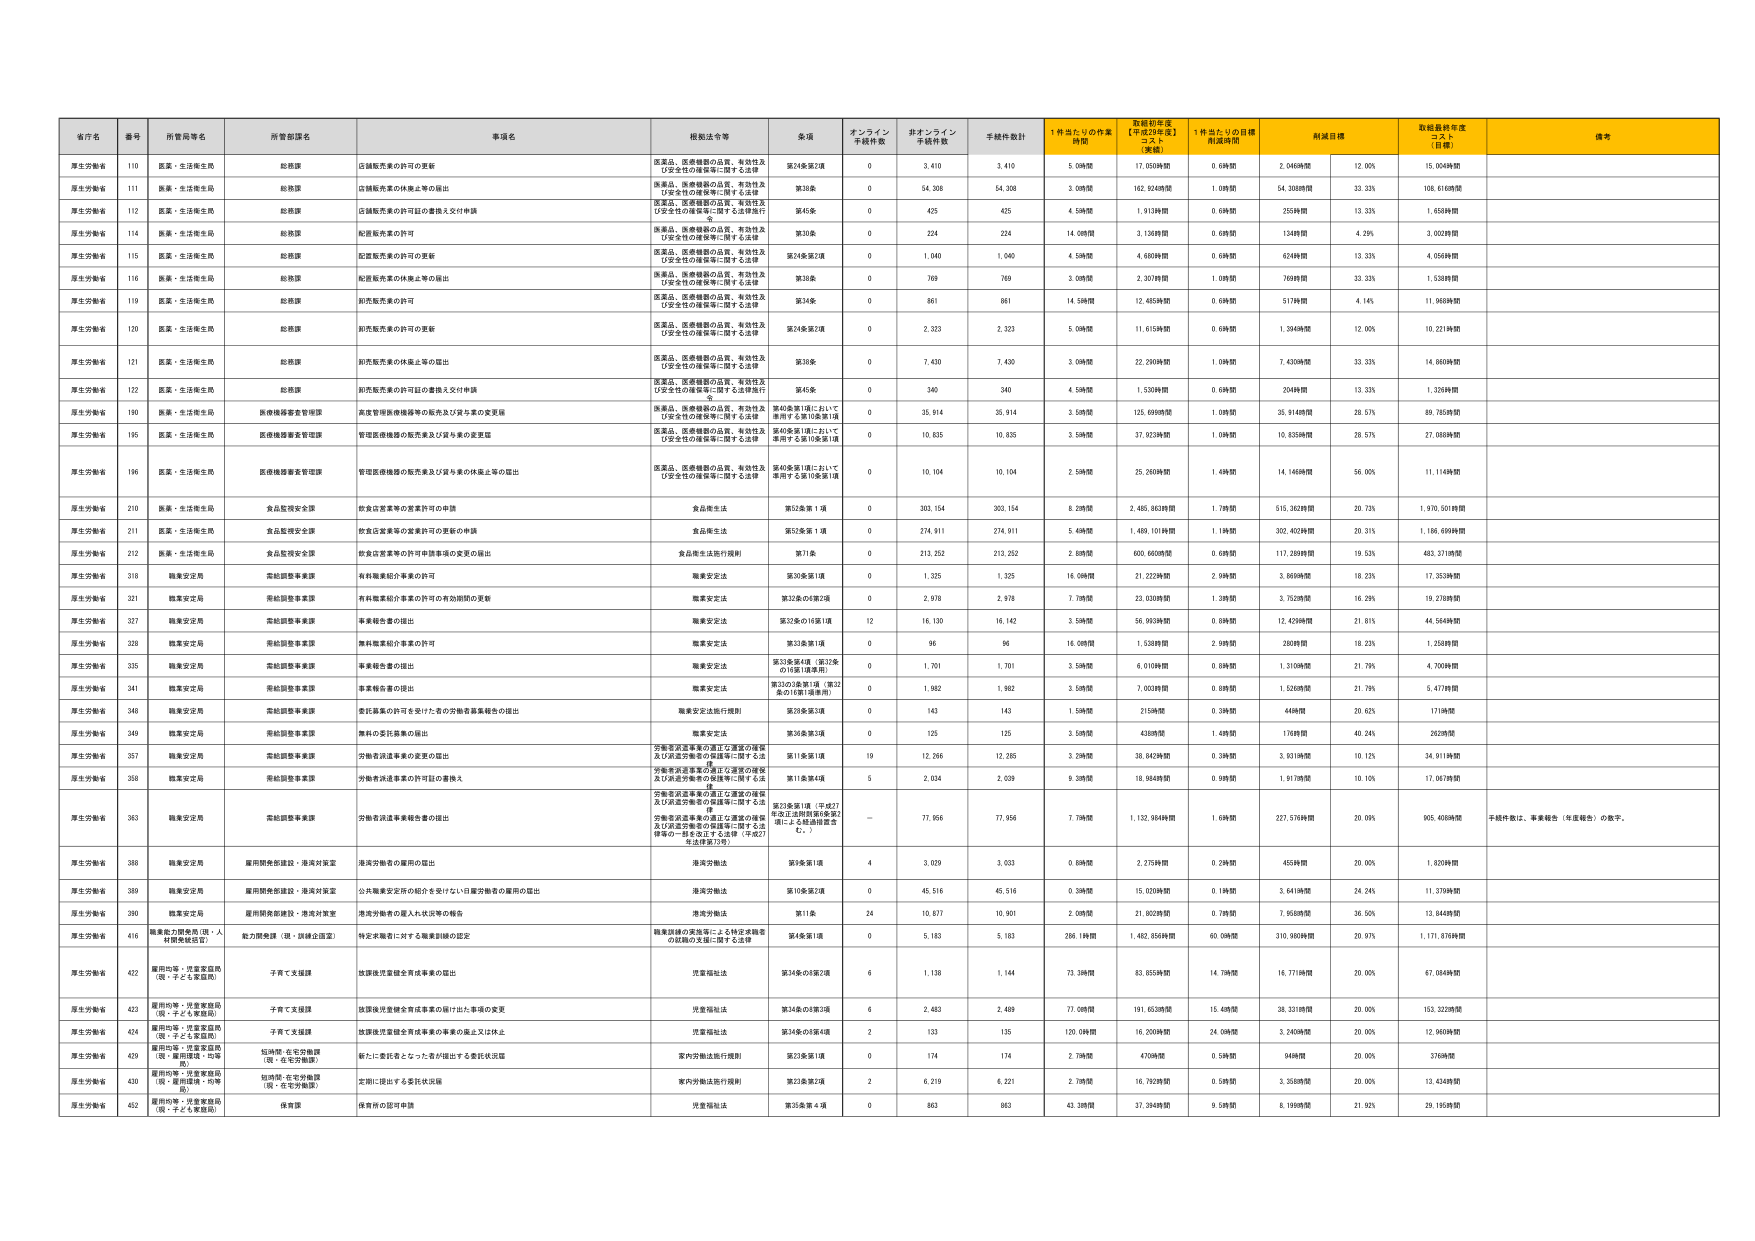
省庁名 番号 所管局等名 所管部課名 事項名 根拠法令等 金額 オンライン 手続件数 非オンライン 手続件数 手続件数計 1件当たりの作業 時間 取組初年度 【平成29年度】 コスト（実績） 1件当たりの目標 作成時間 削減目標 取組最終年度 コスト（目標） 備考
厚生労働省 110 医薬・生活衛生局 総務課 店舗販売業の許可の更新 医薬品、医療機器の品質、有効性及び安全性の確保等に関する法律 第24条第2項 0 3,410 3,410 5.09時間 17,050時間 0.69時間 2,046時間 12.00% 15,004時間
厚生労働省 111 医薬・生活衛生局 総務課 店舗販売業の許可の更新 第38条 0 54,308 54,308 3.08時間 162,924時間 1.08時間 54,303時間 33.33% 108,616時間
厚生労働省 112 医薬・生活衛生局 総務課 店舗販売業の許可証の書換え交付申請 第45条 0 425 425 4.59時間 1,913時間 0.69時間 255時間 13.33% 1,658時間
厚生労働省 114 医薬・生活衛生局 総務課 船舶販売業の許可 医薬品、医療機器の品質、有効性及び安全性の確保等に関する法律 第38条 0 224 224 14.08時間 3,139時間 0.69時間 134時間 4.29% 3,002時間
厚生労働省 115 医薬・生活衛生局 総務課 配置販売業の許可の更新 医薬品、医療機器の品質、有効性及び安全性の確保等に関する法律 第24条第2項 0 1,040 1,040 4.59時間 4,660時間 0.69時間 624時間 13.33% 4,056時間
厚生労働省 116 医薬・生活衛生局 総務課 船舶販売業の休業の届の届出 第38条 0 769 769 3.08時間 2,307時間 1.08時間 769時間 33.33% 1,538時間
厚生労働省 119 医薬・生活衛生局 総務課 船舶販売業の許可 第34条 0 861 861 14.59時間 12,465時間 0.69時間 517時間 4.14% 11,968時間
厚生労働省 120 医薬・生活衛生局 総務課 船舶販売業の許可の更新 医薬品、医療機器の品質、有効性及び安全性の確保等に関する法律 第24条第2項 0 2,323 2,323 5.09時間 11,615時間 0.69時間 1,394時間 12.00% 10,221時間
厚生労働省 121 医薬・生活衛生局 総務課 船舶販売業の休業の届の届出 医薬品、医療機器の品質、有効性及び安全性の確保等に関する法律 第38条 0 7,430 7,430 3.08時間 22,290時間 1.08時間 7,430時間 33.33% 14,860時間
厚生労働省 122 医薬・生活衛生局 総務課 船舶販売業の許可証の書換え交付申請 医薬品、医療機器の品質、有効性及び安全性の確保等に関する法律 第45条 0 340 340 4.59時間 1,530時間 0.69時間 204時間 13.33% 1,326時間
厚生労働省 190 医薬・生活衛生局 医療機器審査管理課 高度管理医療機器等の販売及び貸与業の変更届 医薬品、医療機器の品質、有効性及び安全性の確保等に関する法律 第40条第1項において準用する第10条第1項 0 35,914 35,914 3.58時間 125,698時間 1.08時間 35,914時間 28.57% 89,785時間
厚生労働省 195 医薬・生活衛生局 医療機器審査管理課 管理医療機器の販売業及び貸与業の変更届 医薬品、医療機器の品質、有効性及び安全性の確保等に関する法律 第40条第1項において準用する第10条第1項 0 10,835 10,835 3.58時間 37,923時間 1.08時間 10,835時間 28.57% 27,088時間
厚生労働省 196 医薬・生活衛生局 医療機器審査管理課 管理医療機器の販売業及び貸与業の休業上等の届出 医薬品、医療機器の品質、有効性及び安全性の確保等に関する法律 第40条第1項において準用する第10条第1項 0 10,104 10,104 2.58時間 25,260時間 1.48時間 14,146時間 56.00% 11,114時間
厚生労働省 210 食品監視安全課 飲食店営業等の営業許可の申請 食品衛生法 第53条第1項 0 303,154 303,154 6.29時間 2,465,863時間 1.78時間 515,362時間 20.73% 1,978,501時間
厚生労働省 211 医薬・生活衛生局 食品監視安全課 飲食店営業等の営業許可の更新の申請 食品衛生法 第53条第1項 0 274,911 274,911 5.49時間 1,489,101時間 1.19時間 302,402時間 20.31% 1,186,699時間
厚生労働省 212 医薬・生活衛生局 食品監視安全課 飲食店営業等の許可申請事項の変更の届出 食品衛生法施行規則 第71条 0 213,252 213,252 2.88時間 600,660時間 0.68時間 117,239時間 19.53% 483,371時間
厚生労働省 318 職業安定局 常給調整事業課 有料職業紹介事業の許可 職業安定法 第30条第1項 0 1,325 1,325 16.08時間 21,222時間 2.99時間 3,860時間 18.23% 17,353時間
厚生労働省 321 職業安定局 常給調整事業課 有料職業紹介事業の許可の有効期間の更新 職業安定法 第32条の5第2項 0 2,978 2,978 7.78時間 23,038時間 1.38時間 3,752時間 16.29% 19,278時間
厚生労働省 327 職業安定局 常給調整事業課 事業報告書の提出 職業安定法 第32条の19第1項 12 16,130 16,142 3.59時間 56,993時間 0.89時間 12,429時間 21.81% 44,564時間
厚生労働省 328 職業安定局 常給調整事業課 無料職業紹介事業の許可 職業安定法 第33条第1項 0 96 96 16.08時間 1,538時間 2.99時間 260時間 18.23% 1,258時間
厚生労働省 335 職業安定局 常給調整事業課 事業報告書の提出 職業安定法 第33条第4項（第32条の19第1項準用） 0 1,701 1,701 3.58時間 6,019時間 0.89時間 1,310時間 21.79% 4,709時間
厚生労働省 341 職業安定局 常給調整事業課 事業報告書の提出 職業安定法 第33の3第1項（第32条の16第1項準用） 0 1,982 1,982 3.58時間 7,003時間 0.89時間 1,526時間 21.79% 5,477時間
厚生労働省 348 職業安定局 常給調整事業課 委託募集の許可を受けた者の労働者募集総合の届出 職業安定法施行規則 第29条第3項 0 143 143 1.59時間 215時間 0.39時間 44時間 20.62% 171時間
厚生労働省 349 職業安定局 常給調整事業課 無料の委託募集の届出 職業安定法 第36条第3項 0 125 125 3.58時間 438時間 1.48時間 176時間 40.24% 262時間
厚生労働省 357 職業安定局 常給調整事業課 労働者派遣事業の届出の届出 労働者派遣事業の適正な運営の確保及び派遣労働者の保護等に関する法律 第11条第1項 19 12,266 12,285 3.29時間 38,842時間 0.39時間 3,831時間 10.12% 34,911時間
厚生労働省 358 職業安定局 常給調整事業課 労働者派遣事業の許可証の書換え 労働者派遣事業の適正な運営の確保及び派遣労働者の保護等に関する法律 第11条第4項 5 2,034 2,039 9.38時間 18,984時間 3.98時間 1,917時間 10.10% 17,067時間
厚生労働省 363 職業安定局 常給調整事業課 労働者派遣事業報告書の提出 労働者派遣事業の適正な運営の確保及び派遣労働者の保護等に関する法律 第23条第1項（平成27年改正法規制審査等委員会による経過措置を含む。） ー 77,956 77,956 7.78時間 1,132,984時間 1.69時間 227,576時間 20.09% 905,408時間 千紙件数は、事業報告（年度報告）の数字。
厚生労働省 388 職業安定局 雇用関係部課設・港湾対策室 港湾労働者の雇用の届出 港湾労働法 第9条第1項 4 3,029 3,033 0.89時間 2,275時間 0.29時間 455時間 20.00% 1,820時間
厚生労働省 389 職業安定局 雇用関係部課設・港湾対策室 公共職業安定所の紹介を受けない日雇労働者の雇用の届出 港湾労働法 第10条第2項 0 45,516 45,516 0.39時間 15,020時間 0.19時間 2,641時間 24.24% 11,379時間
厚生労働省 390 職業安定局 雇用関係部課設・港湾対策室 港湾労働者の雇入れ状況等の報告 港湾労働法 第11条 24 10,877 10,901 2.08時間 21,802時間 0.78時間 7,958時間 36.50% 13,844時間
厚生労働省 416 職業能力開発局（現・人材開発総合局） 勤労関係課（現・訓練企画室） 特定求職に対する職業訓練の認定 職業訓練の実施等による特定求職者の就職の支援に関する法律 第4条第1項 0 5,183 5,183 286.1時間 1,482,856時間 60.0時間 310,980時間 20.97% 1,171,876時間
厚生労働省 422 雇用均等・児童家庭局（現・子ども家庭局） 子育て支援課 放課後児童健全育成事業の届出 児童福祉法 第34条の8第2項 6 1,138 1,144 73.38時間 83,855時間 14.79時間 16,771時間 20.00% 67,084時間
厚生労働省 423 雇用均等・児童家庭局（現・子ども家庭局） 子育て支援課 放課後児童健全育成事業の届け出た事項の変更 児童福祉法 第34条の8第3項 6 2,483 2,489 77.08時間 191,653時間 15.48時間 38,331時間 20.00% 153,322時間
厚生労働省 424 雇用均等・児童家庭局（現・子ども家庭局） 子育て支援課 放課後児童健全育成事業の事業の廃止又は休止 児童福祉法 第34条の8第4項 2 133 135 120.0時間 16,200時間 24.0時間 3,240時間 20.00% 12,960時間
厚生労働省 429 雇用均等・児童家庭局（現・雇用課・均等局） 短時間・在宅労働課（現・在宅労働課） 新たに委託者となった者が提出する委託状況届 家内労働法施行規則 第23条第1項 0 174 174 2.79時間 470時間 0.59時間 94時間 20.00% 376時間
厚生労働省 430 雇用均等・児童家庭局（現・雇用課・均等局） 短時間・在宅労働課（現・在宅労働課） 定期に提出する委託状況届 家内労働法施行規則 第23条第2項 2 6,219 6,221 2.79時間 16,762時間 0.59時間 3,358時間 20.00% 13,434時間
厚生労働省 452 雇用均等・児童家庭局（現・子ども家庭局） 保育課 保育所の認可申請 児童福祉法 第35条第1項 0 863 863 43.38時間 37,394時間 9.58時間 8,199時間 21.92% 29,195時間